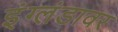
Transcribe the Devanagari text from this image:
इंग्लंडावर